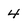
Character: 4